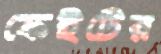
ফেইটের